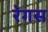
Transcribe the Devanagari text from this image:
रेगस